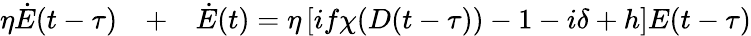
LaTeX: \begin{array}{rlr}{\eta\dot{E}(t-\tau)}&{{}+}&{\dot{E}(t)=\eta\left[if\chi(D(t-\tau))-1-i\delta+h\right]E(t-\tau)}\end{array}